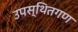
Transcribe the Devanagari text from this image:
उपस्थितगण